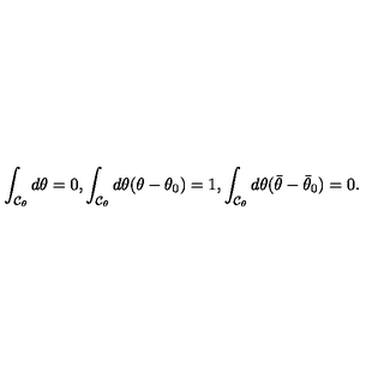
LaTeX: \int _ { { \cal C } _ { \theta } } d \theta = 0 , \int _ { { \cal C } _ { \theta } } d \theta ( \theta - \theta _ { 0 } ) = 1 , \int _ { { \cal C } _ { \theta } } d \theta ( \bar { \theta } - \bar { \theta } _ { 0 } ) = 0 .